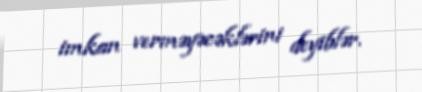
imkan verməyəcəklərini deyiblər.